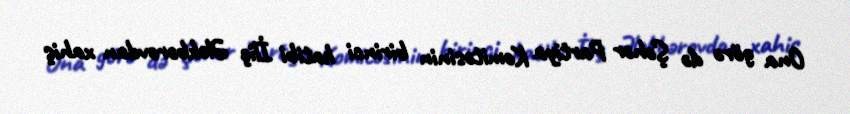
Ona görə də Şəhər Partiya Komitəsinin birinci katibi İliç Ələkbərovdan xahiş